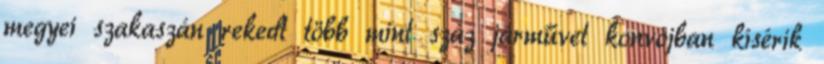
megyei szakaszán rekedt több mint száz járművet konvojban kísérik